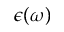
\epsilon ( \omega )